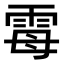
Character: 𫕢